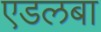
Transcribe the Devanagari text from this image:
एडलबा